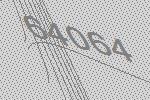
64064